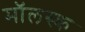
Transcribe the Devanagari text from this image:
मॉलस्क